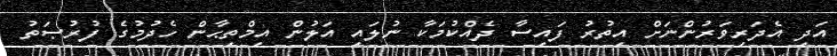
އަދި އެދަރިވަރުންނަށް އިތުރު ފައިސާ ދެއްކުމަކާ ނުލައި އަލުން އިމްތިޙާން ހެދުމުގެ ފުރުޞަތު